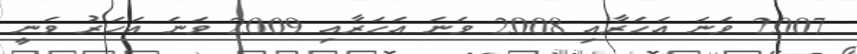
2007 ވަނަ އަހަރާއި 2008 ވަނަ އަހަރާއި 2009 ވަނަ އަހަރު ވަނީ